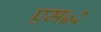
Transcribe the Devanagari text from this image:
एम७२